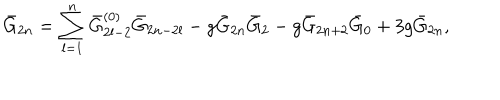
LaTeX: \bar { G } _ { 2 n } = \sum _ { l = 1 } ^ { n } \bar { G } _ { 2 l - 2 } ^ { ( 0 ) } \bar { G } _ { 2 n - 2 l } - g \bar { G } _ { 2 n } \bar { G } _ { 2 } - g \bar { G } _ { 2 n + 2 } \bar { G } _ { 0 } + 3 g \bar { G } _ { 2 n } ,